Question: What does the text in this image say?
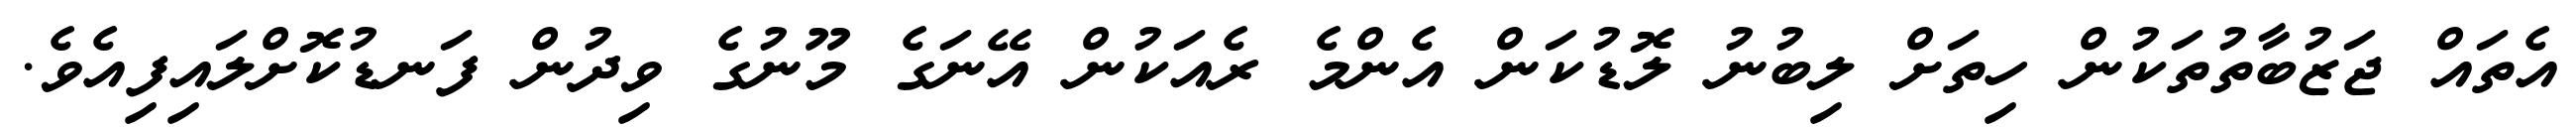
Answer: އެތައް ޖަޒުބާތުތަކުން ހިތަށް ލިބުނު ލޮޑުކަން އެންމެ ރެއަކުން އޭނަގެ މޫނުގެ ވިދުން ފަނޑުކޮށްލައިފިއެވެ.